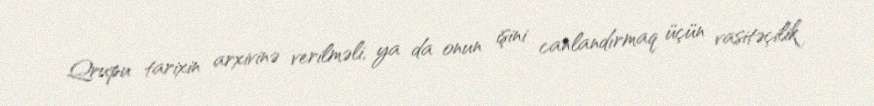
Qrupu tarixin arxivinə verilməli, ya da onun işini canlandırmaq üçün vasitəçilik